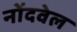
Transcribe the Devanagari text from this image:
नोंदवेल